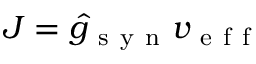
J = \hat { g } _ { \mathrm { ~ s ~ y ~ n ~ } } v _ { \mathrm { ~ e ~ f ~ f ~ } }